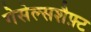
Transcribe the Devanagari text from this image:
गेसेल्सशैफ़्ट